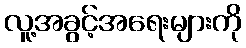
လူ့အခွင့်အရေးများကို